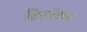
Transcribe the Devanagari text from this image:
डिस्टेंशन